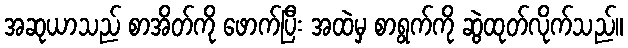
အဆုယာသည် စာအိတ်ကို ဖောက်ပြီး အထဲမှ စာရွက်ကို ဆွဲထုတ်လိုက်သည်။